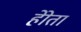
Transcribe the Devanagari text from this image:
होेता